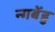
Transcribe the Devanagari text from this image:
न्गबेंडु